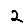
Digit: 2